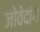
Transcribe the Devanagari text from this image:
जोवेदांग